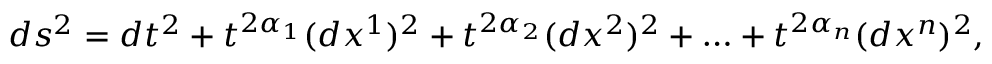
d s ^ { 2 } = d t ^ { 2 } + t ^ { 2 \alpha _ { 1 } } ( d x ^ { 1 } ) ^ { 2 } + t ^ { 2 \alpha _ { 2 } } ( d x ^ { 2 } ) ^ { 2 } + \ldots + t ^ { 2 \alpha _ { n } } ( d x ^ { n } ) ^ { 2 } ,